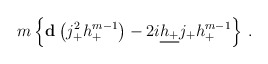
\begin{align*}m\left\{ {\bf d}\left(j_+^2 h_+^{m-1}\right) - 2i\underline{h_+}j_+ h_+^{m-1} \right\}\,.\end{align*}